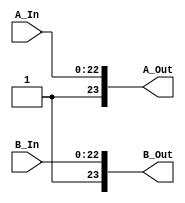
module Mantissa_Normalisation (A_In,B_In,A_Out,B_Out);
  input [22:0]A_In,B_In;
  output [23:0]A_Out,B_Out; 
  
  
  assign A_Out={1'b1,A_In};
  assign B_Out={1'b1,B_In};
  
endmodule